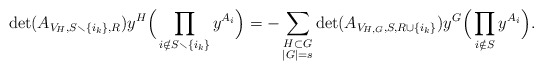
\begin{align*}\det(A_{ V_H, S \smallsetminus \{ i_k \}, {R}}) &y^H \Big(\prod_{i \notin S \smallsetminus \{ i_k \}} y^{A_i}\Big) = -\sum_{ \substack{ H \subset G \\ |G| = s}} \det(A_{ V_{H,G}, S, {R} \cup \{i_k\}}) y^G \Big(\prod_{i \notin S} y^{A_i}\Big).\end{align*}